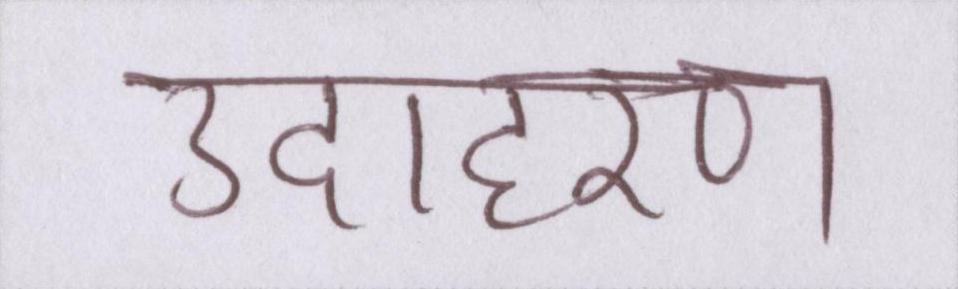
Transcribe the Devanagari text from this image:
उदाहरण